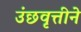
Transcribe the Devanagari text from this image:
उंछवृत्तीने